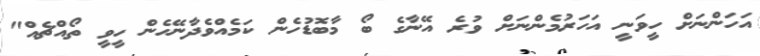
އަހަންނަށް ހީވަނީ އަހަރުމެންނަށް ވުރެ އޭނާގެ ބޯ މާބޮޑުހެން ކަމެއްވެދާނޭހެން ހީވީ ތޯއްޗެއް"